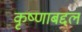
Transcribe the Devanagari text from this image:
कृष्णाबद्दल